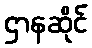
ဌာနဆိုင်